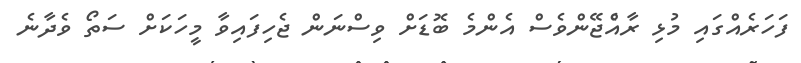
ފަހަރެއްގައި މުޅި ރާއެްޖޭންވެސް އެންމެ ބޮޑަށް ވިސްނަން ޖެހިފައިވާ މީހަކަށް ސަތޯ ވެދާނެ